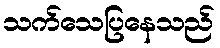
သက်သေပြနေသည်